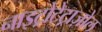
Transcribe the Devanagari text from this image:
नाइट्रोटेट्राज़ोल